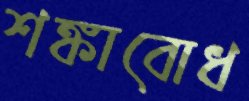
শঙ্কাবোধ